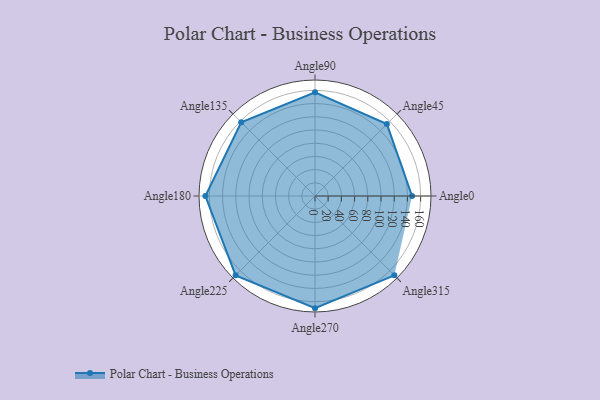
{"axis": {"x": "Angle", "y": "Radius"}, "legend": [""], "data": [{"x": "Angle0", "y": 147.0, "type": ""}, {"x": "Angle45", "y": 154.0, "type": ""}, {"x": "Angle90", "y": 157.0, "type": ""}, {"x": "Angle135", "y": 158.0, "type": ""}, {"x": "Angle180", "y": 166.0, "type": ""}, {"x": "Angle225", "y": 170, "type": ""}, {"x": "Angle270", "y": 170, "type": ""}, {"x": "Angle315", "y": 170, "type": ""}]}